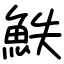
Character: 䱃